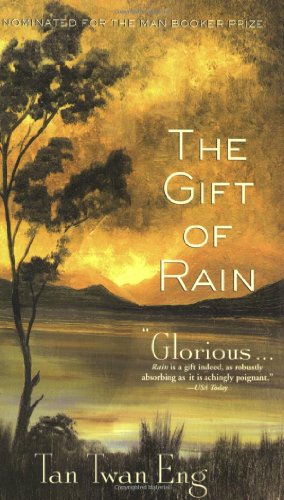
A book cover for The Gift of Rain: A Novel; Tan Twan Eng; Literature & Fiction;